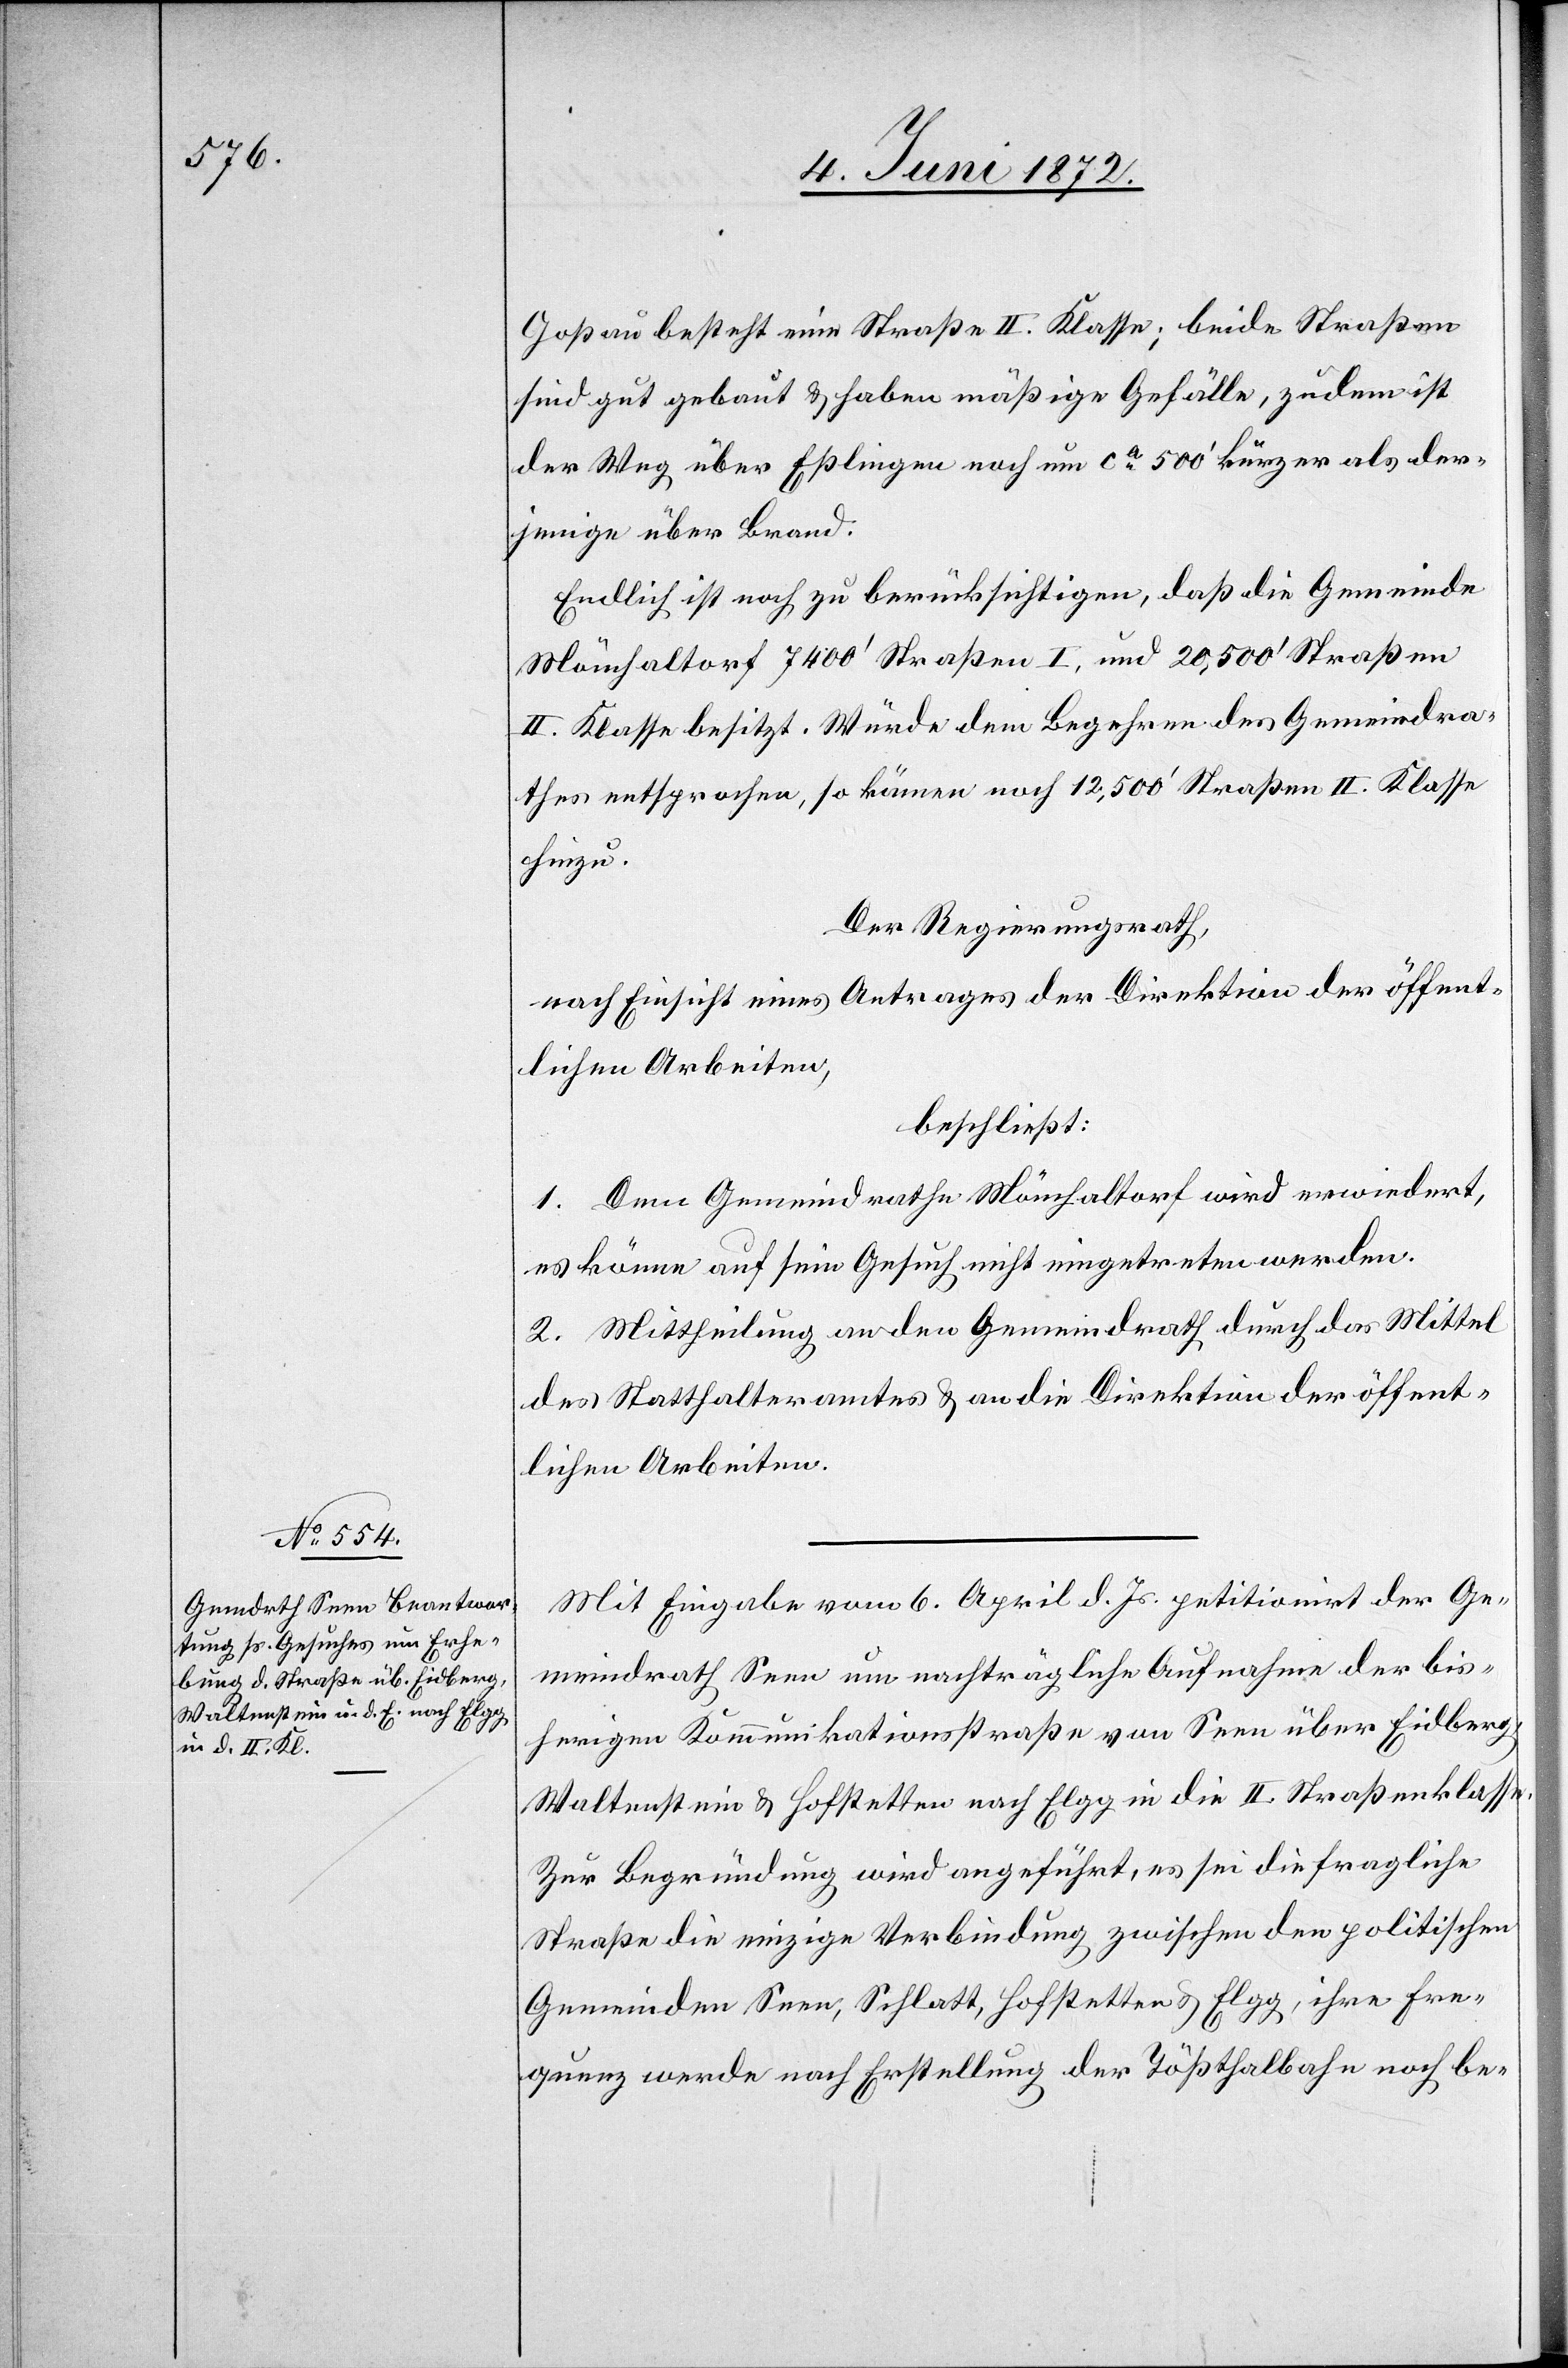
Goßau besteht eine Straße II. Klasse; beide Straßen
sind gut gebaut u. haben mäßige Gefälle, zudem ist
der Weg über Eßlingen noch um ca 500’ kürzer als der¬
jenige über Brand.
Endlich ist noch zu berücksichtigen, daß die Gemeinde
Mönchaltorf 7400’ Straßen I. und 20,500’ Straßen
II. Klasse besitzt. Würde dem Begehren des Gemeindra¬
thes entsprochen, so kämen noch 12,500’ Straßen II. Klasse
hinzu.
Der Regierungsrath,
nach Einsicht eines Antrages der Direktion der öffent¬
lichen Arbeiten,
beschließt:
1. Dem Gemeindrathe Mönchaltorf wird erwiedert,
es könnte auf sein Gesuch nicht eingetreten werden.
2. Mittheilung an den Gemeindrath durch das Mittel
des Statthalteramtes u. an die Direktion der öffent¬
lichen Arbeiten.
Mit Eingabe vom 6. April d. Js. petitionirt der Ge¬
meindrath Seen um nachträgliche Aufnahme der bis¬
herigen Kommunikationsstraße von Seen über Eidberg,
Waltenstein u. Hofstetten nach Elgg in die II. Straßenklasse.
Zur Begründung wird angeführt, es sei die fragliche
Straße die einzige Verbindung zwischen den politischen
Gemeinden Seen, Schlatt, Hofstetten u. Elgg, ihre Fre¬
quenz werde nach Erstellung der Tößthalbahn noch be-